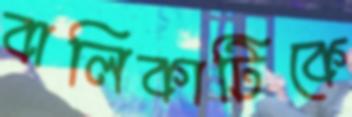
বালিকাটিকে